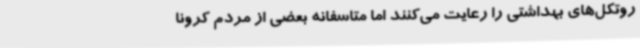
روتکل‌های بهداشتی را رعایت می‌کنند اما متاسفانه بعضی از مردم کرونا